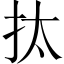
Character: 𢪯